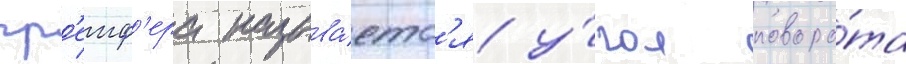
гр'еиф'ера называ́етс'я у́гол поворо́та